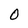
Character: O